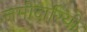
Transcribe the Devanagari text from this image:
जमीदारियो